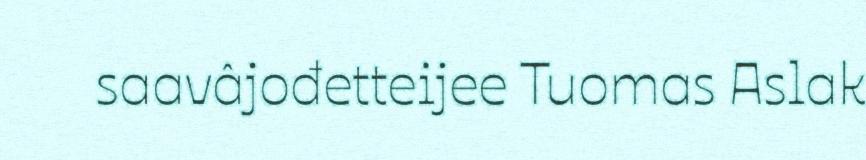
saavâjođetteijee Tuomas Aslak